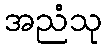
အညံသု